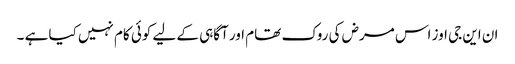
ان این جی اوز اس مرض کی روک تھام اور آگاہی کے لیے کوئی کام نہیں کیا ہے ۔